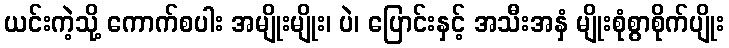
ယင်းကဲ့သို့ ကောက်စပါး အမျိုးမျိုး၊ ပဲ၊ ပြောင်းနှင့် အသီးအနှံ မျိုးစုံစွာစိုက်ပျိုး